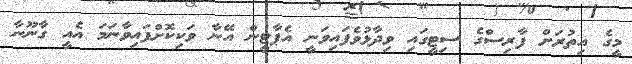
މީގެ އިތުރަށް ފާރިސްގެ ސިޓީގައި ވިދާޅުވެފައިވަނީ އެޕާޓީން އޭނާ ވަކިކޮށްފައިވާނަމަ އެއީ ގާނޫނާ